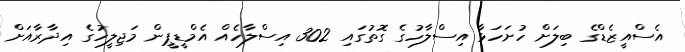
އެސްއީޒެޑްގެ ބިލަށް ހުށަހަޅާ އިސްލާހުގެ ގޮތުގައި 302 އިސްލާހެއް އެމްޑީޕީން މަޖިލީހުގެ އިދާރާއަށް